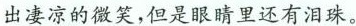
出凄凉的微笑，但是眼睛里还有泪珠。